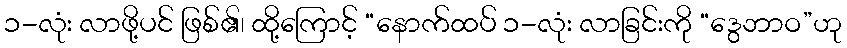
၁-လုံး လာဖို့ပင် ဖြစ်၏၊ ထို့ကြောင့် “နောက်ထပ် ၁-လုံး လာခြင်းကို “ဒွေဘာဝ”ဟု